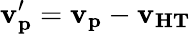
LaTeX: \mathbf{v_{p}^{\prime}}=\mathbf{v_{p}}-\mathbf{v_{HT}}